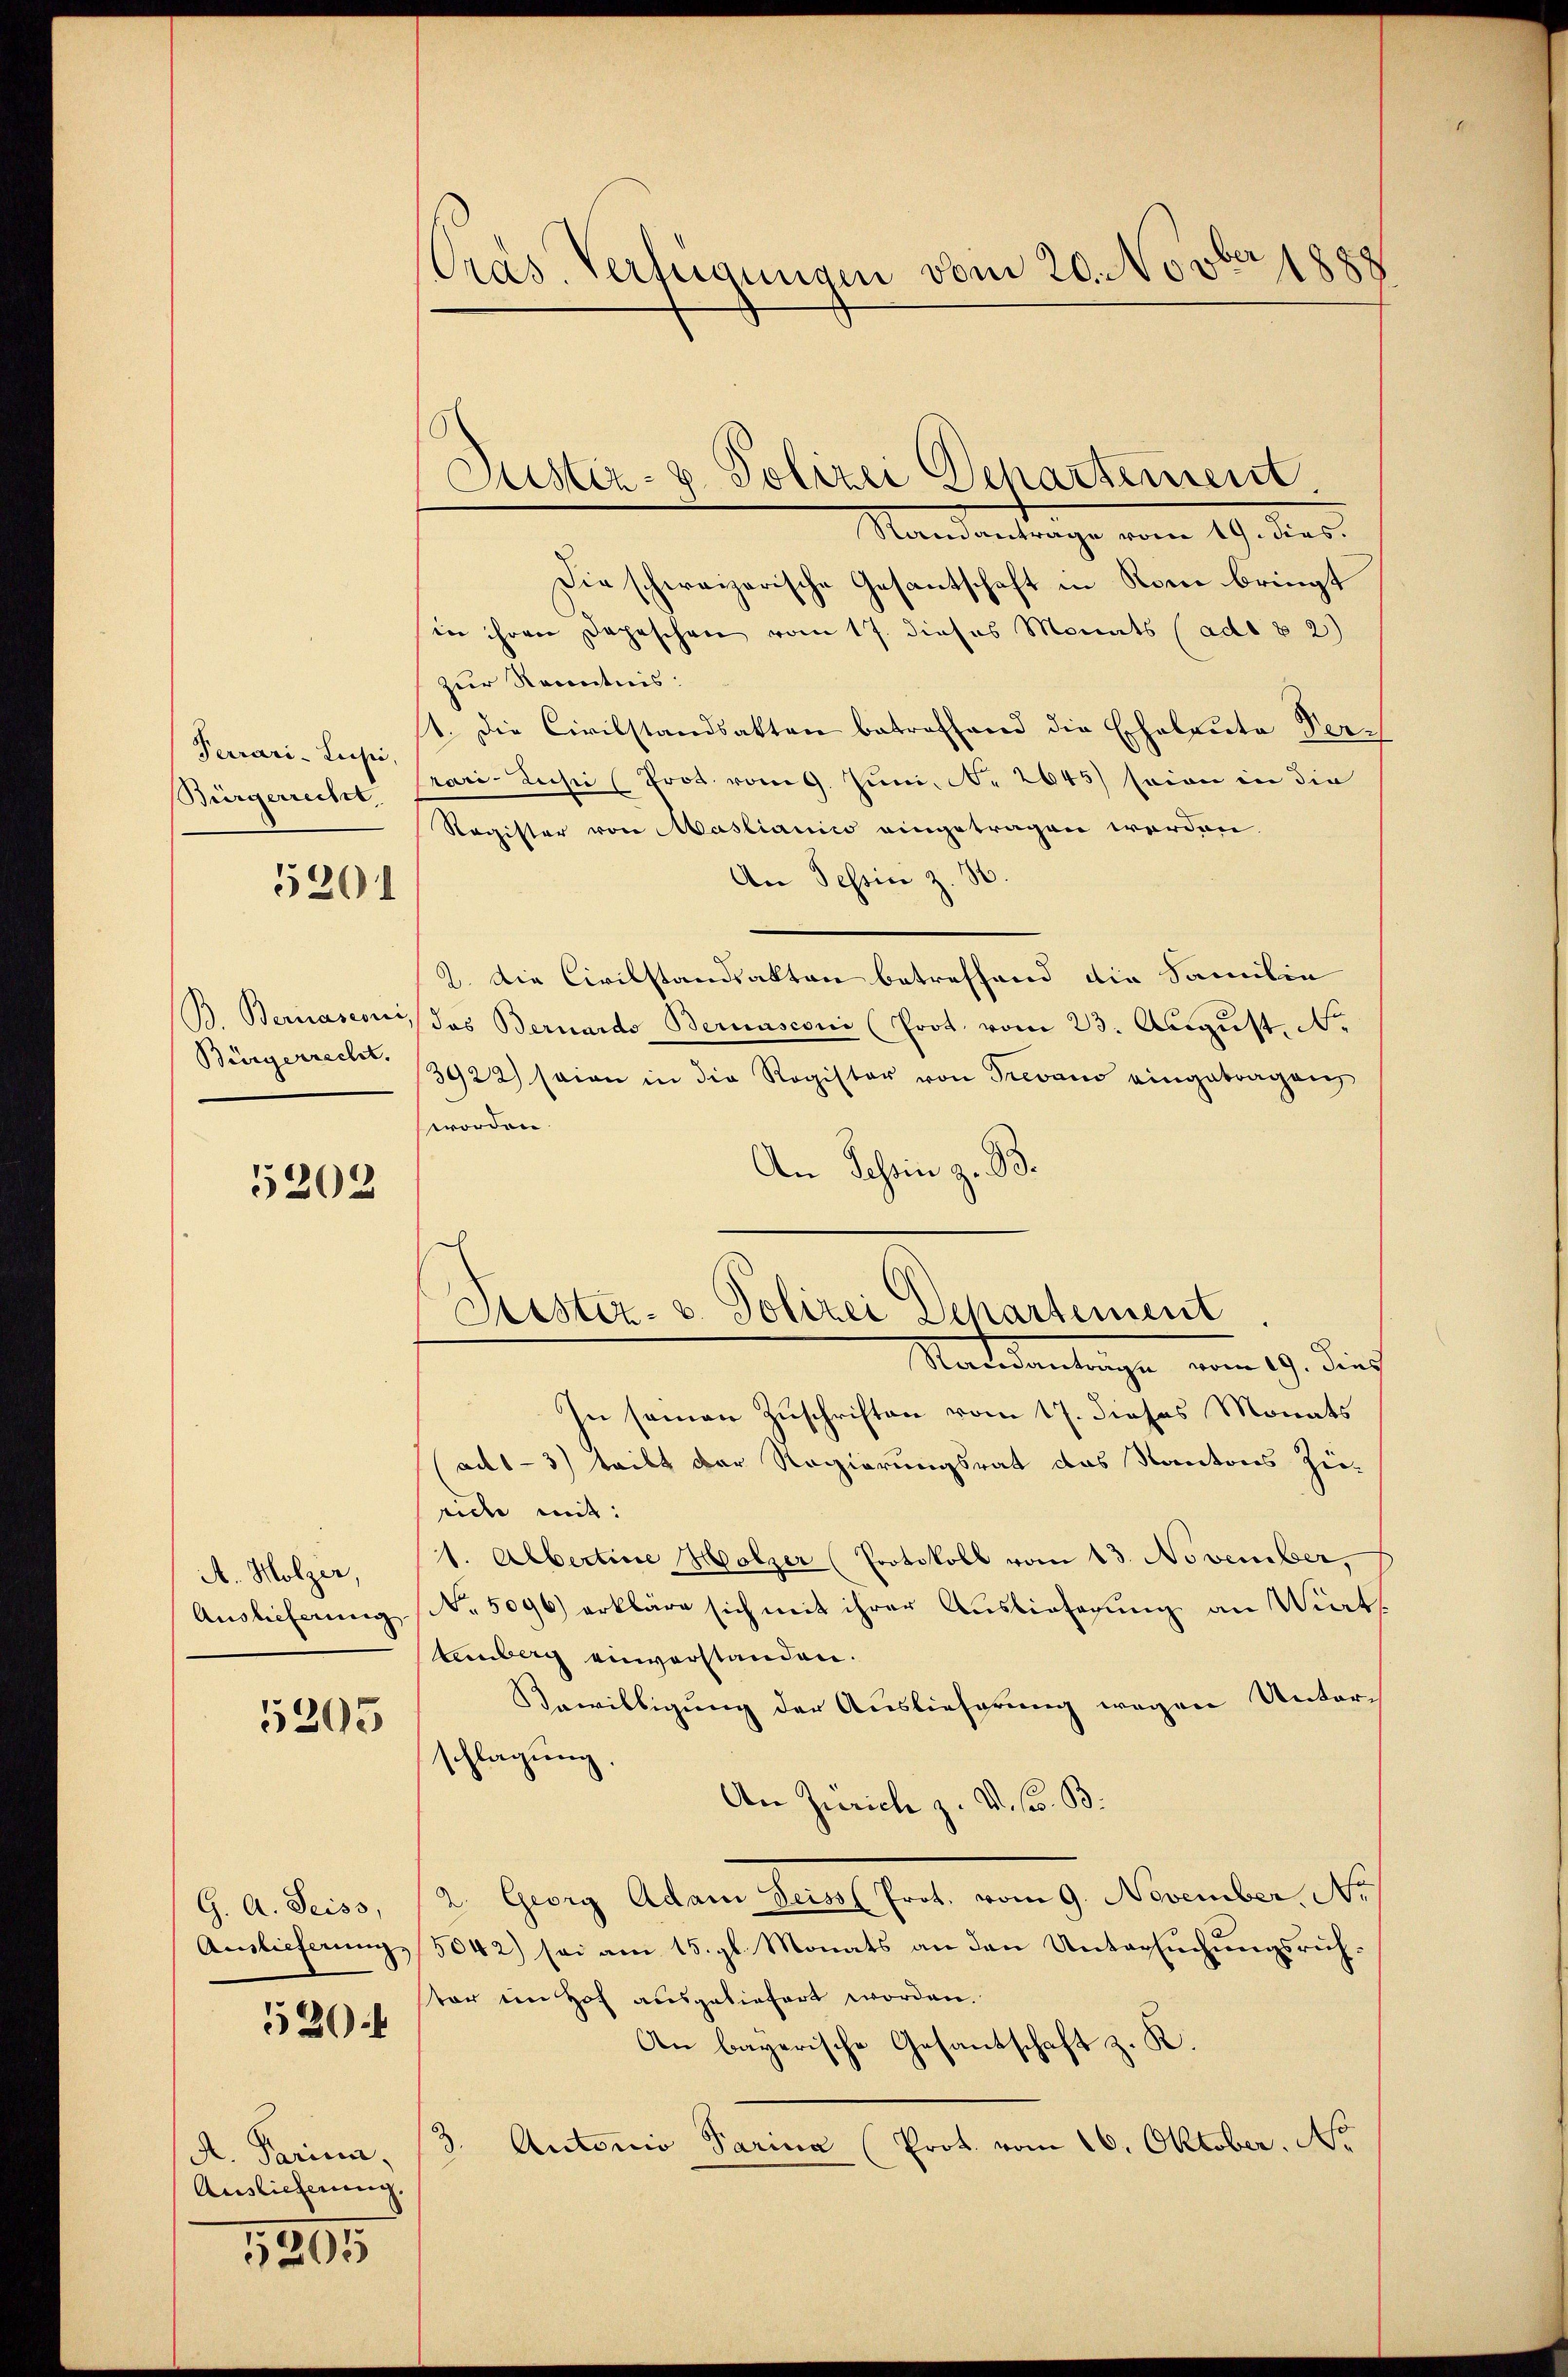
Terrari-Lusić,
Bürgerrecht,

5201

B. Bernasconi
Bürgerrecht.

5202

A. Holzer,
Auslieferung

5205

G. A. Seiss,
Auslieferung

520 f

A. Parina,
Auslieferung

5205

Oras. Verfügungen vom 20. Novber 1888

Justiz- & Polizei Departement
Standantrage vom 19. dies
Die schweizerische Gesantschaft in Rom bringt
in ihren Depeschen vom 17. dieses Monats (ad § 2)
zur Kenntnis:
1. Die Civilstandsakten betreffend die Eheleute Verrari-Zusic (Prot. vom 9. Juni, N. 2645) seien in die
Register von Mastianico eingetragen werden
An Tessin z. 3.
2. Die Civilstandsakten betreffend die Familie
das Bernardo Bernasconi (Prot. vom 23. Aŭgŭst. No
3922) seien in die Register von Trevan eingetragen
worden.
An Schein z. B.
Madedientinge vom 19. Die
In seinen Zuschriften vom 17. dieses Monats
(ad1-3) teilt der Regierungsrat das Kantons Zu-
uide mit:
1. Albertine Holzer (Protokoll vom 13. November,
No. 5096) erkläre sich mit ihrer Auslieferung an Viert
tenberg einverstanden.
Bewilligung der Auslieferung wegen Unterschlagung.
An Zürich z. V. s. B.
2 Gweg Adam Local fort vom 9. November, No
5042) sei am 15. gl. Monats an den Untersuchungsrichtar im Hof ausgeliefert worden.
An bayerische Gesantschaft z. K.
3. Autorio Parina (Prot. vom 16. Oktober. A.

Peister. v. Polizei Departement